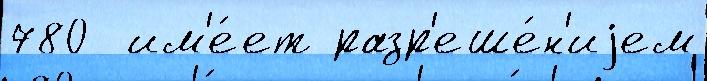
780  им'е́ет разр'еше́н'иjем